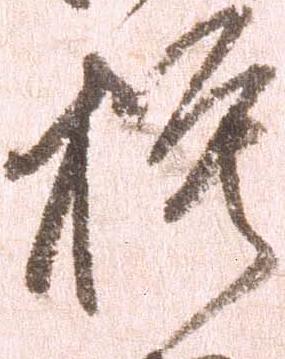
模